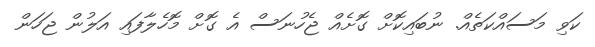
ކަވި މަސައްކަތެއް. ނުބައިކޮށް ގޮށެއް ޖެހުނަސް އެ ގޮށް މޮހެލާފައި އަލުން ޖަހަން